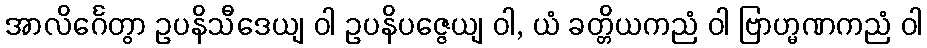
အာလိင်္ဂေတွာ ဥပနိသီဒေယျ ဝါ ဥပနိပဇ္ဇေယျ ဝါ, ယံ ခတ္တိယကညံ ဝါ ဗြာဟ္မဏကညံ ဝါ